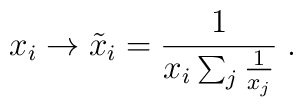
x_i \rightarrow \tilde{x}_i =  	\frac{1}{x_i \sum_j \frac{1}{x_j}} \; .